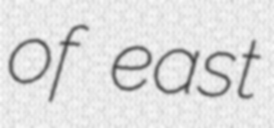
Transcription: of east